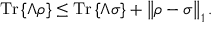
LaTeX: { \mathrm { T r } } \left\{ \Lambda \rho \right\} \leq { \mathrm { T r } } \left\{ \Lambda \sigma \right\} + \left\Vert \rho - \sigma \right\Vert _ { 1 } .